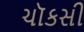
ચૉકસી